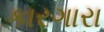
કારગારા